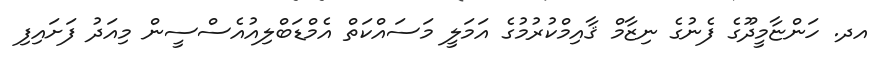
އދ. ހަންޏާމީދޫގެ ފެނުގެ ނިޒާމް ޤާއިމްކުރުމުގެ އަމަލީ މަސައްކަތް އެމްޑަބްލިއުއެސްސީން މިއަދު ފަށައިފި